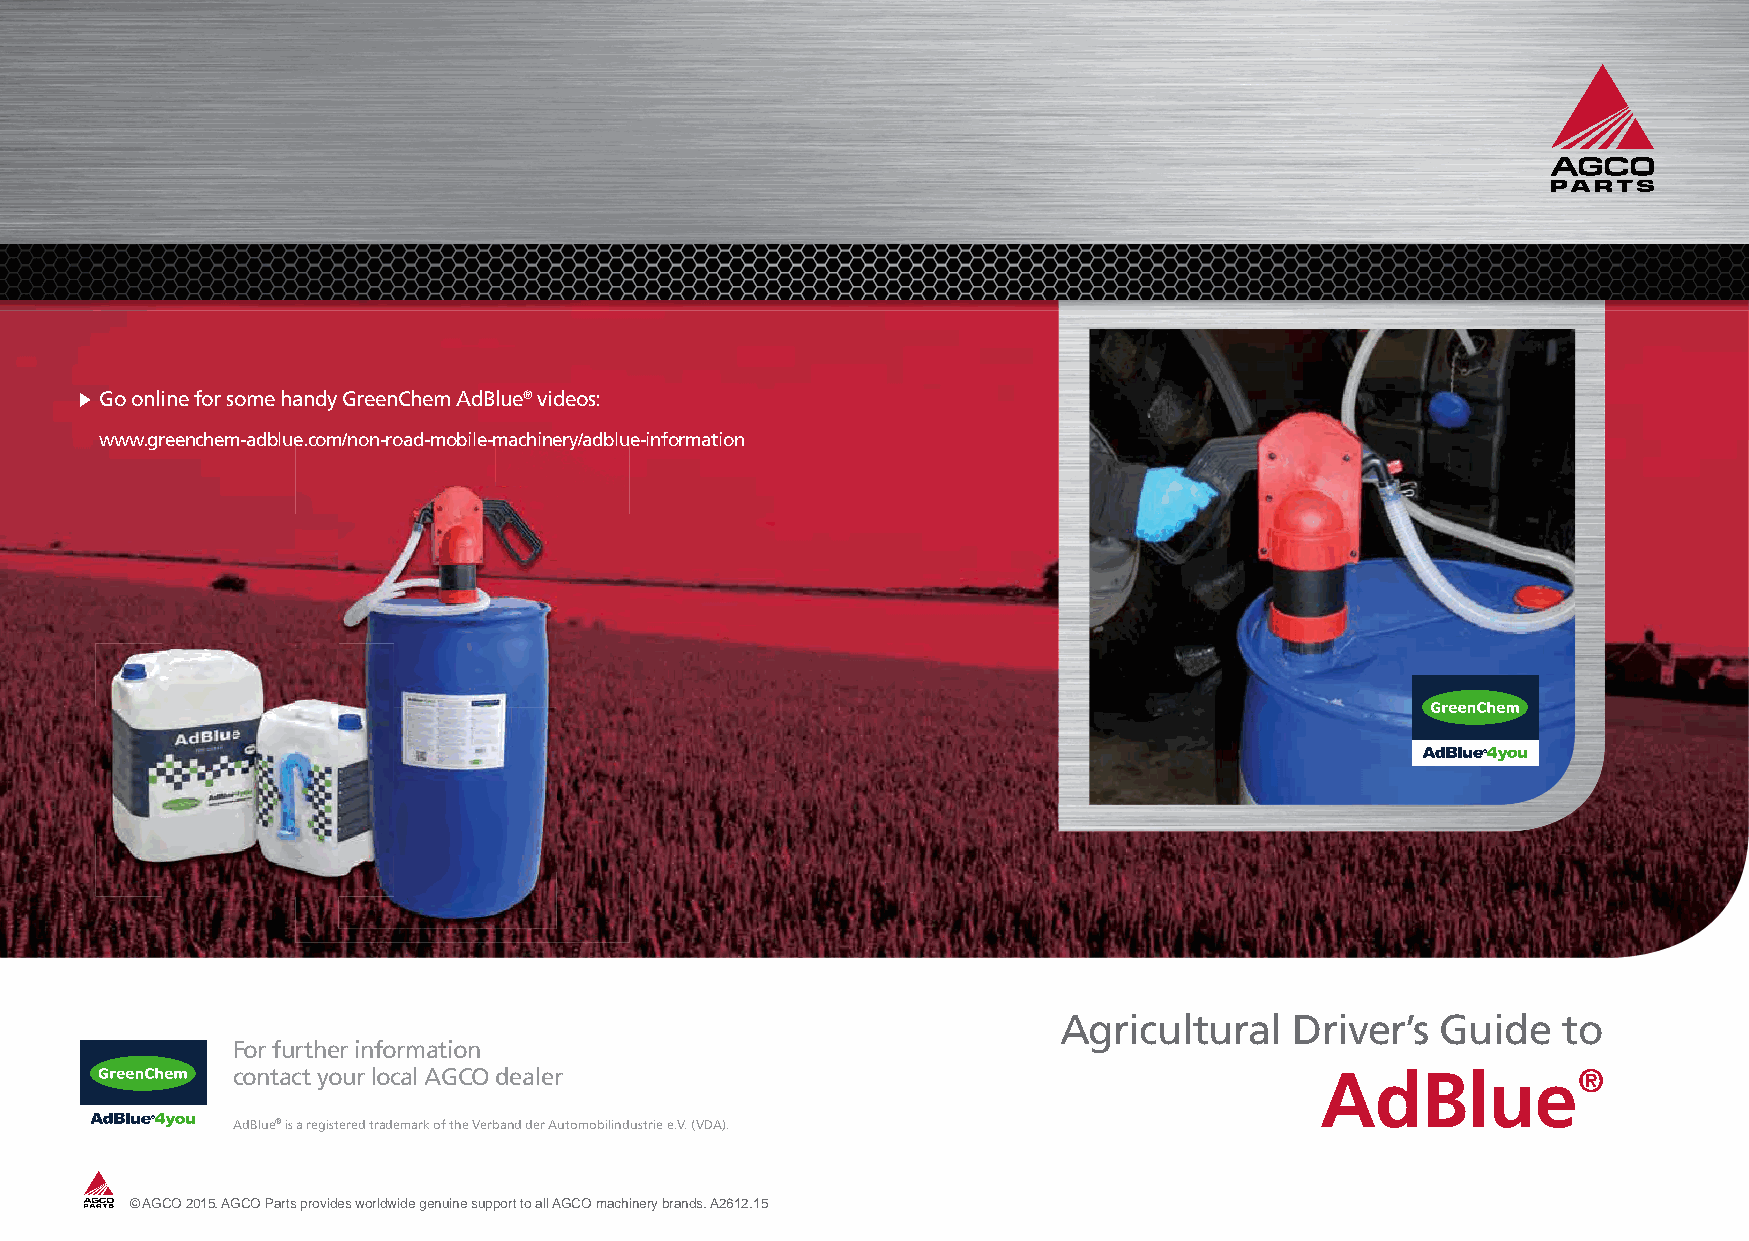
Go online for some handy GreenChem AdBlue® videos:
 www.greenchem-adblue.com/non-road-mobile-machinery/adblue-information
 Agricultural    Driver’s Guide   to
 For further information
 contact your local AGCO dealer                                          AdBlue®
 AdBlue® is a registered trademark of the Verband der Automobilindustrie e.V. (VDA).
 © AGCO 2015. AGCO Parts provides worldwide genuine support to all AGCO machinery brands. A2612.15